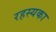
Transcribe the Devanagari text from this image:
रहस्यका